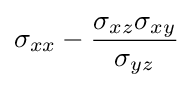
\sigma _{xx}-{\frac {\sigma _{xz}\sigma _{xy}}{\sigma _{yz}}}